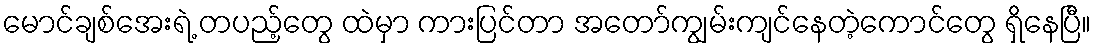
မောင်ချစ်အေးရဲ့ တပည့်တွေ ထဲမှာ ကားပြင်တာ အတော်ကျွမ်းကျင်နေတဲ့ကောင်တွေ ရှိနေပြီ။